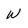
Character: W